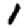
Digit: 1